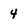
Character: 4